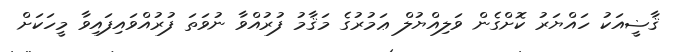
ޤާޟީއަކު ހައްޔަރު ކޮށްގެން ވަލިއްޔުލް ޢަމުރުގެ މަޤާމު ފުރުއްވާ ނުވަތަ ފުރުއްވައިފައިވާ މީހަކަށް